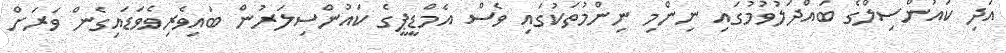
އަދި ކައުންސިލްގެ ބައްދަލުވުމުގައި ނިންމި ނިންމުތަކުގައި ވެސް އެމްޑީޕީގެ ކައުންސިލަރުން ބައިވެރިވެވަޑައިގެން ވަރަށް